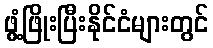
ဖွံ့ဖြိုးပြီးနိုင်ငံများတွင်